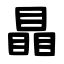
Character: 瞐